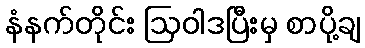
နံနက်တိုင်း ဩဝါဒပြီးမှ စာပို့ချ